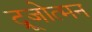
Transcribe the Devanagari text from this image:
द्रूजोत्मन